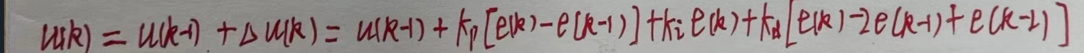
\[
u(k)=u(k - 1)+\Delta u(k)=u(k - 1)+k_p[e(k)-e(k - 1)]+k_i e(k)+k_d[e(k)-2e(k - 1)+e(k - 2)]
\]